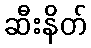
ဆီးနိတ်